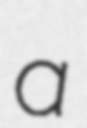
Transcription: a